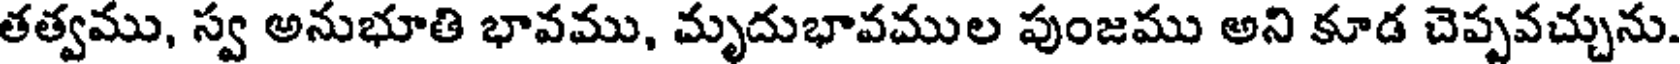
తత్వము, స్వ అనుభూతి భావము, మృదుభావముల పుంజము అని కూడ చెప్పవచ్చును.